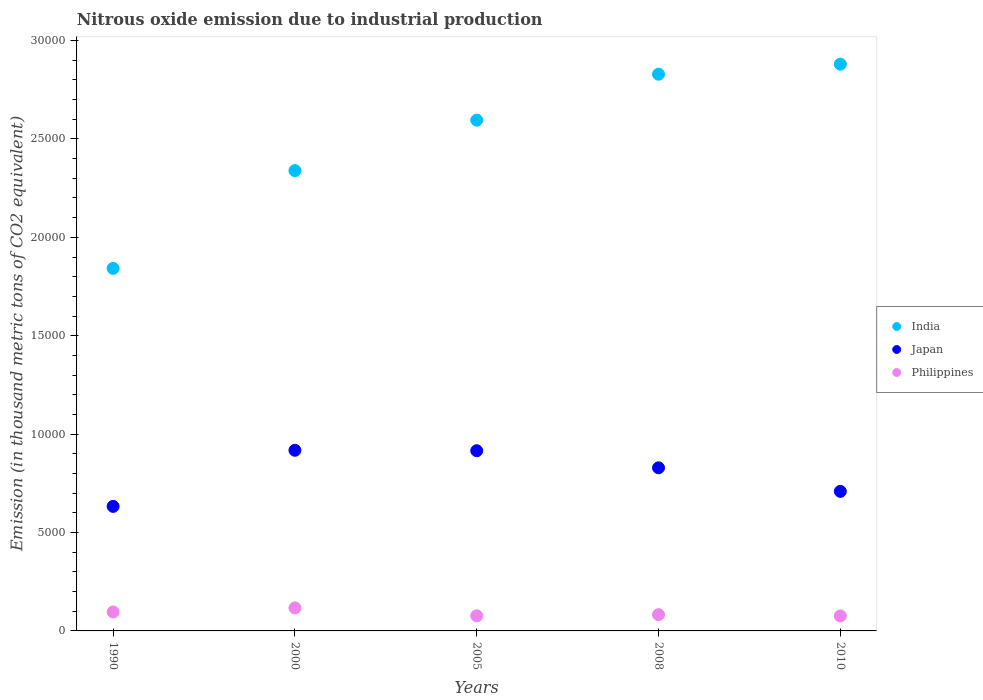
| Years | India | Japan | Philippines |
 | --- | --- | --- | --- |
 | 1990 | 1.84e+04 | 6.33e+03 | 962 |
 | 2000 | 2.34e+04 | 9.18e+03 | 1.17e+03 |
 | 2005 | 2.6e+04 | 9.16e+03 | 768 |
 | 2008 | 2.83e+04 | 8.29e+03 | 828 |
 | 2010 | 2.88e+04 | 7.09e+03 | 762 |